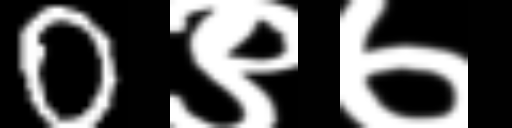
Text: 0९७